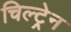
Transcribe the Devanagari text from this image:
चिल्ट्रेन